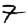
Digit: 7